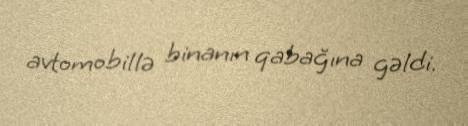
avtomobillə binanın qabağına gəldi.